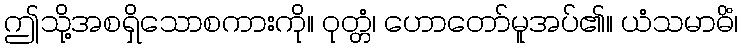
ဤသို့အစရှိသောစကားကို။ ဝုတ္တံ၊ ဟောတော်မူအပ်၏။ ယံသမာဓိံ၊